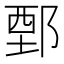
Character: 鄄